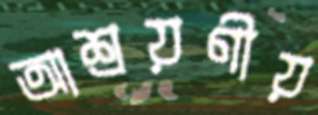
আশ্রয়ণীয়